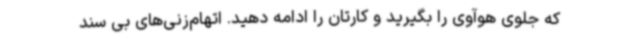
که جلوی هوآوی را بگیرید و کارتان را ادامه دهید. اتهام‌زنی‌های بی سند